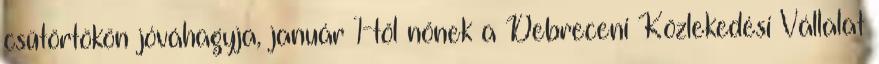
csütörtökön jóváhagyja, január 1-től nőnek a Debreceni Közlekedési Vállalat